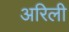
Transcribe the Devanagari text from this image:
अरिली